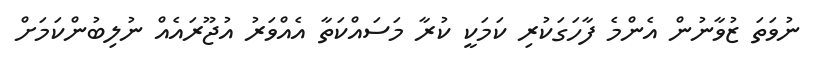
ނުވަތަ ޒުވާނުން އެންމެ ފާހަގަކުރި ކަމަކީ ކުރާ މަސައްކަތާ އެއްވަރު އުޖޫރައެއް ނުލިބުންކަމަށް